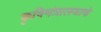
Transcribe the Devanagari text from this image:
कृषिमंत्रालयाचे